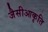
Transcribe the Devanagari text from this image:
जैसीआकृति